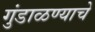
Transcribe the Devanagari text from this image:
गुंडाळण्याचे